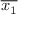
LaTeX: \overline { { x _ { 1 } } }